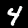
Digit: 4